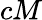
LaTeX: cM